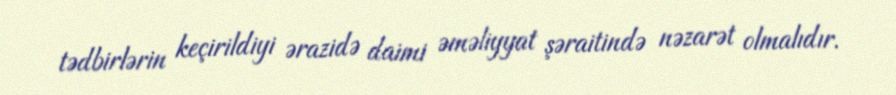
tədbirlərin keçirildiyi ərazidə daimi əməliyyat şəraitində nəzarət olmalıdır.